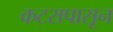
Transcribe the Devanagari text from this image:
कटरापासून